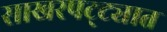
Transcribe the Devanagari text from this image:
साखरपट्ट्यात